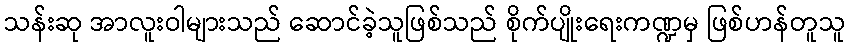
သန်းဆု အာလူးဝါများသည် ဆောင်ခဲ့သူဖြစ်သည် စိုက်ပျိုးရေးကဏ္ဍမှ ဖြစ်ဟန်တူသူ